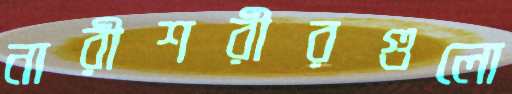
নারীশরীরগুলো